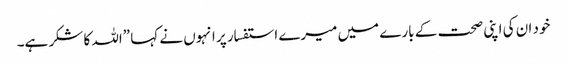
خود ان کی اپنی صحت کے بارے میں میرے استفسار پر انہوں نے کہا ”اللہ کا شکر ہے۔